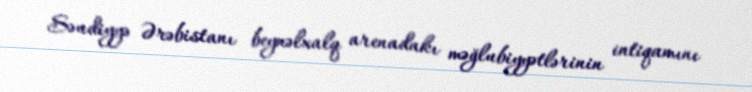
Səudiyyə Ərəbistanı beynəlxalq arenadakı məğlubiyyətlərinin intiqamını